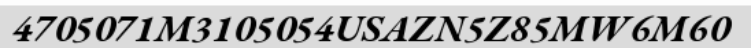
4705071M3105054USAZN5Z85MW6M60